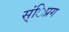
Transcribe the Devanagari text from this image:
स्ंिप्रग